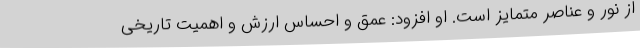
از نور و عناصر متمایز است. او افزود: عمق و احساس ارزش و اهمیت تاریخی